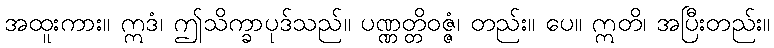
အထူးကား။ ဣဒံ၊ ဤသိက္ခာပုဒ်သည်။ ပဏ္ဏတ္တိဝဇ္ဇံ၊ တည်း။ ပေ။ ဣတိ၊ အပြီးတည်း။